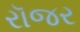
રૉજર